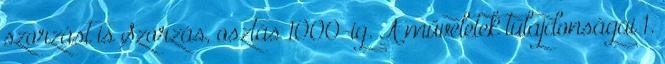
szorzást is Szorzás, osztás 1000-ig. A műveletek tulajdonságai 1.